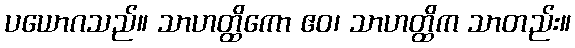
ပယောဂသည်။ သာဟတ္ထိကော ဧဝ၊ သာဟတ္ထိက သာတည်း။